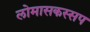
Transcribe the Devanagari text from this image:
लोमासकस्सप